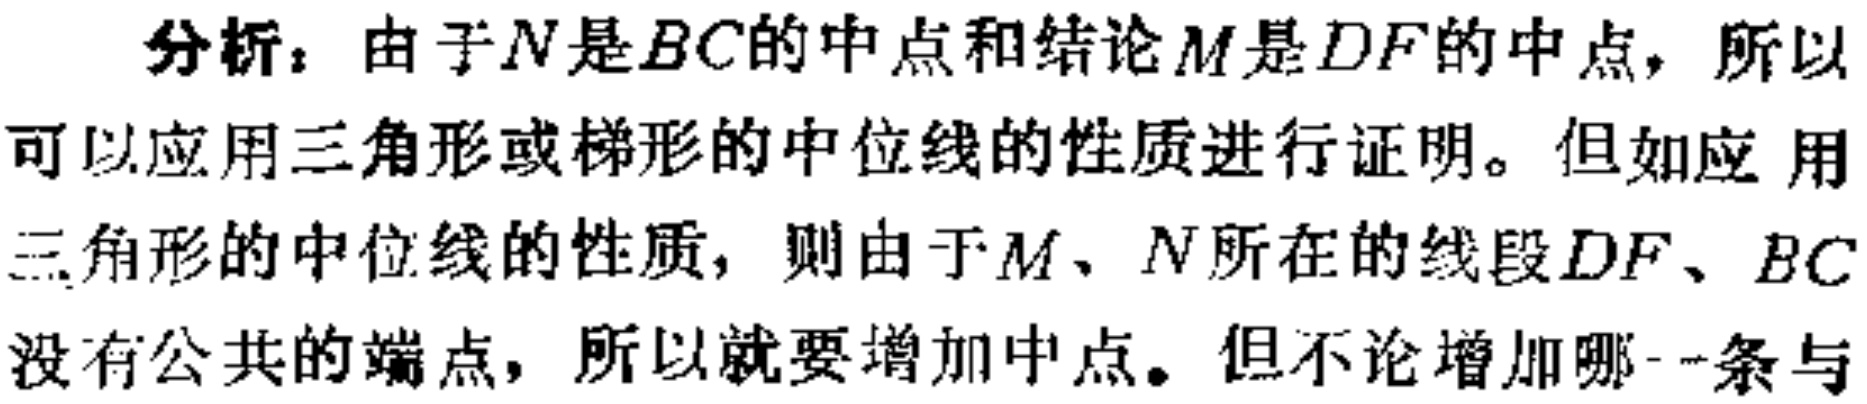
分析：由于\(N\)是\(BC\)的中点和结论\(M\)是\(DF\)的中点，所以可以应用三角形或梯形的中位线的性质进行证明。但如应用三角形的中位线的性质，则由于\(M\)、\(N\)所在的线段\(DF\)、\(BC\)没有公共的端点，所以就要增加中点。但不论增加哪一条与